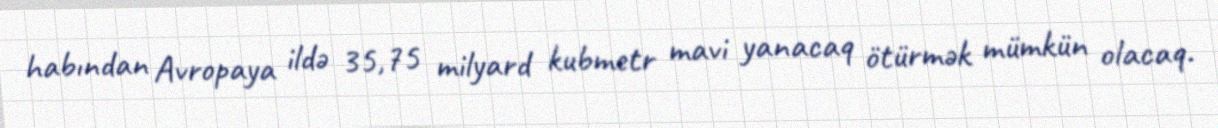
habından Avropaya ildə 35,75 milyard kubmetr mavi yanacaq ötürmək mümkün olacaq.